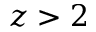
z > 2